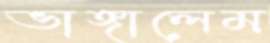
ভাঙ্গালেম